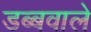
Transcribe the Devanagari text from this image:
डब्बवाले